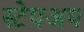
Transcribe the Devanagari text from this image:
स्टेपअप